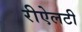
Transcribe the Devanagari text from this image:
रीऐलटी